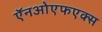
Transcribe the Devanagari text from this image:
ऍनओएफएक्स